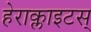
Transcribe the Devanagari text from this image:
हेराक्लाइटस्